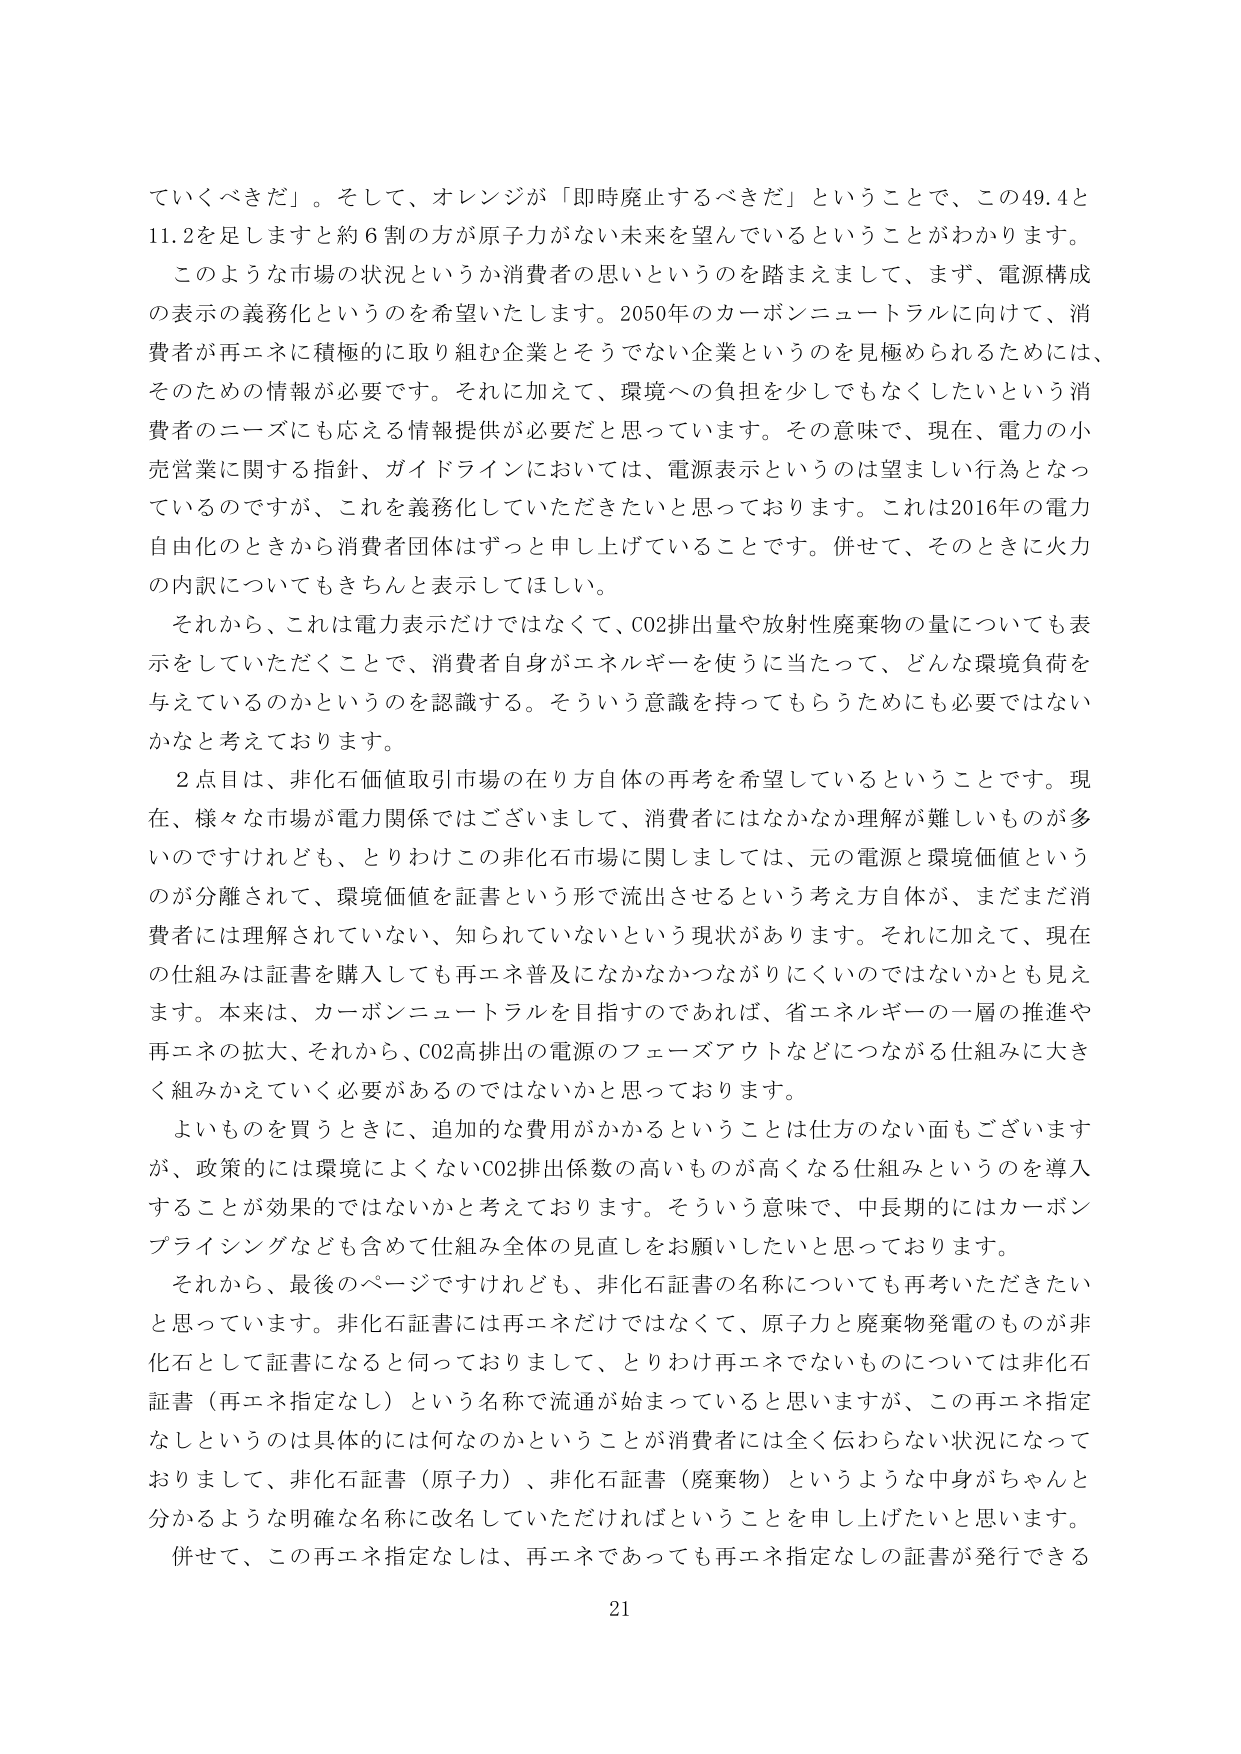
ていくべきだ」。そして、オレンジが「即時廃止するべきだ」ということで、この49.4と11.2を足しますと約6割の方が原子力がない未来を望んでいるということがわかります。

このような市場の状況というか消費者の思いというのを踏まえまして、まず、電源構成の表示の義務化というのを希望いたします。2050年のカーボンニュートラルに向けて、消費者が再エネに積極的に取り組む企業とそうでない企業というのを見極められるためには、そのための情報が必要です。それに加えて、環境への負担を少しでもなくしたいという消費者のニーズにも応える情報提供が必要だと思っています。その意味で、現在、電力の小売営業に関する指針、ガイドラインにおいては、電源表示というのは望ましい行為となっているのですが、これを義務化していただきたいと思っております。これは2016年の電力自由化のときから消費者団体はずっと申し上げていることです。併せて、そのときに火力の内訳についてもきちんと表示してほしい。

それから、これは電力表示だけではなくて、CO2排出量や放射性廃棄物の量についても表示をしていただくことで、消費者自身がエネルギーを使うに当たって、どんな環境負荷を与えているのかというのを認識する。そういう意識を持ってもらうためにも必要ではないかなと考えております。

2点目は、非化石価値取引市場の在り方自体の再考を希望しているということです。現在、様々な市場が電力関係ではございまして、消費者にはなかなか理解が難しいものが多いのですけれども、とりわけこの非化石市場に関しましては、元の電源と環境価値というのが分離されて、環境価値を証書という形で流出させるという考え方自体が、まだまだ消費者には理解されていない、知られていないという現状があります。それに加えて、現在の仕組みは証書を購入しても再エネ普及になかなかつながりにくいのではないかとも見えます。本来は、カーボンニュートラルを目指すのであれば、省エネルギーの一層の推進や再エネの拡大、それから、CO2高排出の電源のフェーズアウトなどにつながる仕組みに大きく組みかえていく必要があるのではないかと思っております。

よいものを買うときに、追加的な費用がかかるということは仕方のない面もございますが、政策的には環境によくないCO2排出係数の高いものが高くなる仕組みというのを導入することが効果的ではないかと考えております。そういう意味で、中長期的にはカーボンプライシングなども含めて仕組み全体の見直しをお願いしたいと思っております。

それから、最後のページですけれども、非化石証書の名称についても再考いただきたいと思っています。非化石証書には再エネだけではなくて、原子力と廃棄物発電のものが非化石として証書になると伺っておりまして、とりわけ再エネでないものについては非化石証書（再エネ指定なし）という名称で流通が始まっていると思いますが、この再エネ指定なしというのは具体的には何なのかということが消費者には全く伝わらない状況になっておりまして、非化石証書（原子力）、非化石証書（廃棄物）というような中身がちゃんと分かるような明確な名称に改名していただければということを申し上げたいと思います。

併せて、この再エネ指定なしは、再エネであっても再エネ指定なしの証書が発行できる

21